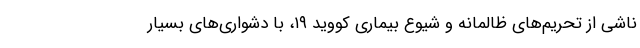
ناشی از تحریم‌های ظالمانه و شیوع بیماری کووید ۱۹، با دشواری‌های بسیار